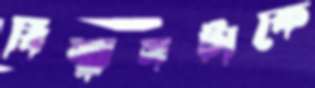
বিশ্বাসটাকে